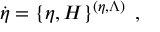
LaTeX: \dot { \eta } = \left\{ \eta , H \right\} ^ { ( \eta , \Lambda ) } \; ,